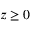
z \geq 0